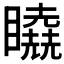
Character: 𰦉